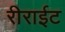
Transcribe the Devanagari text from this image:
रीराईट